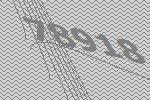
78918